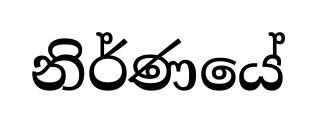
නිර්ණයේ